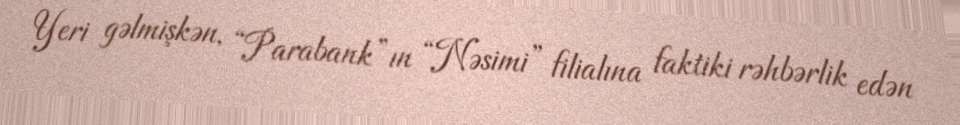
Yeri gəlmişkən, “Parabank”ın “Nəsimi” filialına faktiki rəhbərlik edən